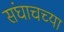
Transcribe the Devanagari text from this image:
संघाचच्या